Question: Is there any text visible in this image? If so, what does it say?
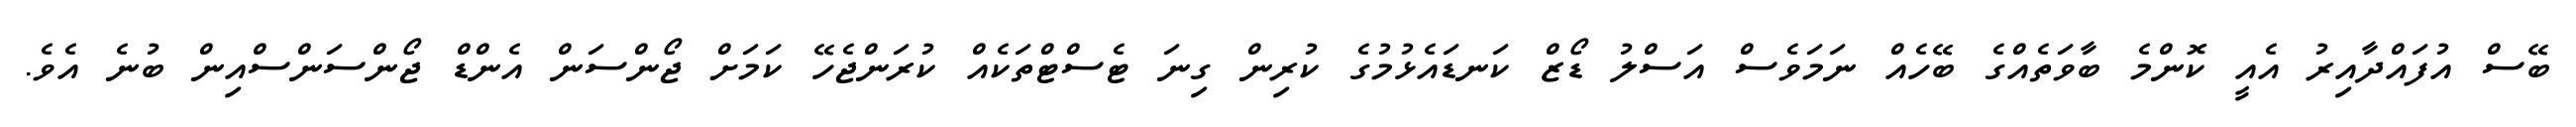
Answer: ބޭސް އުފައްދާއިރު އެއީ ކޮންމެ ބާވަތެއްގެ ބޭހެއް ނަމަވެސް އަސްލު ޑޯޒް ކަނޑައެޅުމުގެ ކުރިން ގިނަ ޓެސްޓްތަކެއް ކުރަންޖެހޭ ކަމަށް ޖޯންސަން އެންޑް ޖޯންސަންސްއިން ބުނެ އެވެ.